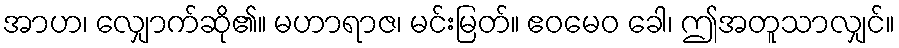
အာဟ၊ လျှောက်ဆို၏။ မဟာရာဇ၊ မင်းမြတ်။ ဧဝမေဝ ခေါ၊ ဤအတူသာလျှင်။